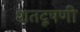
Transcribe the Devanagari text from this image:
शतदूषणी